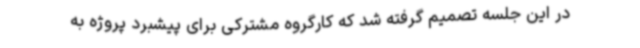
در این جلسه تصمیم گرفته شد که کارگروه مشترکی برای پیشبرد پروژه به